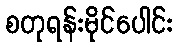
စတုရန်းမိုင်ပေါင်း